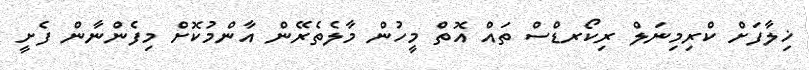
ޚިލާފަށް ކްރިމިނަލް ރިކޯރޑްސް ތައް އޮތް މީހުން މާލެތެރޭން އާންމުކޮށް މިފެންނާން ފެށީ